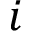
i